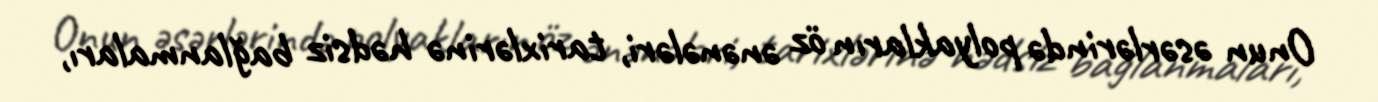
Onun əsərlərində polyakların öz ənənələri, tarixlərinə hədsiz bağlanmaları,